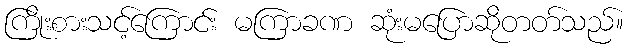
ကြိုးစားသင့်ကြောင်း မကြာခဏ ဆုံးမပြောဆိုတတ်သည်။